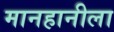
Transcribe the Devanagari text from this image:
मानहानीला